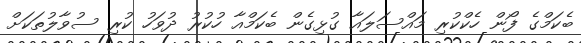
ބެކަމްގެ ފޯން ހެކްކުރި މައްސަލައާ ގުޅިގެން ބެކަމްއާ ހުކުރު ދުވަހު ކުރި ސުވާލުތަކަށް